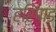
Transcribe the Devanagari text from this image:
हरिपाड